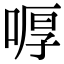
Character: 𠷋